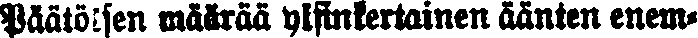
Päätöksen määrää yksinkertainen äänten enem-